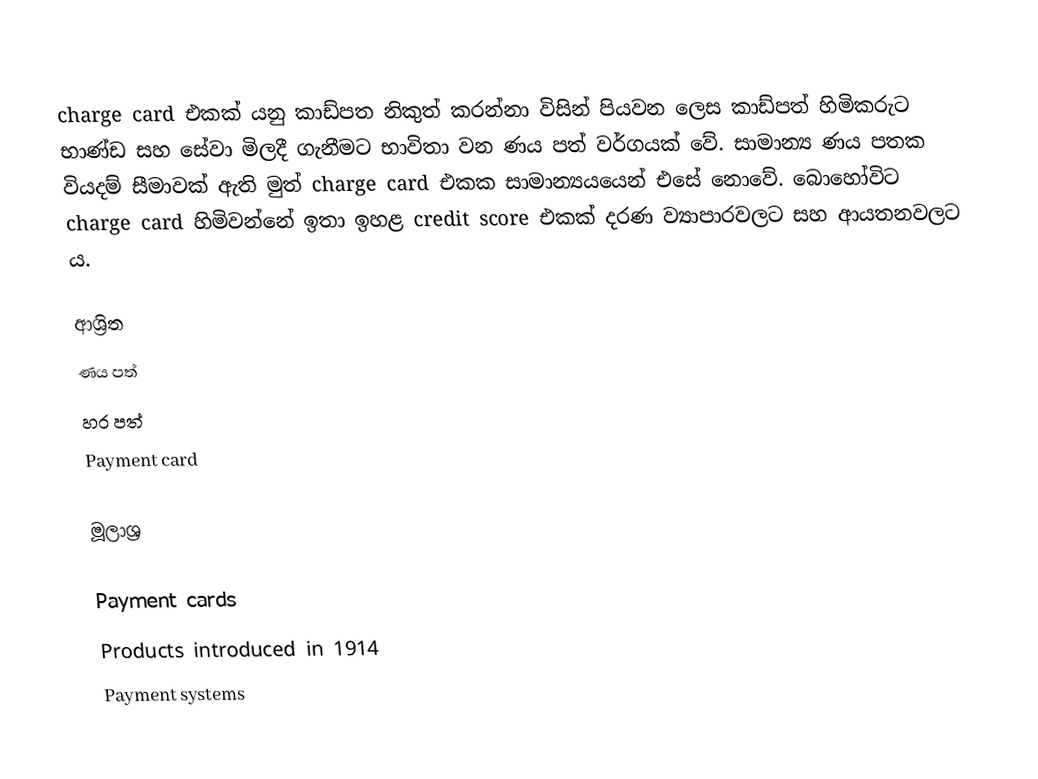
charge card එකක් යනු කාඩ්පත නිකුත් කරන්නා විසින් පියවන ලෙස කාඩ්පත් හිමිකරුට භාණ්ඩ සහ සේවා මිලදී ගැනීමට භාවිතා වන ණය පත් වර්ගයක් වේ. සාමාන්‍ය ණය පතක වියදම් සීමාවක් ඇති මුත් charge card එකක සාමාන්‍යයයෙන් එසේ නොවේ. බොහෝවිට charge card හිමිවන්නේ ඉතා ඉහළ credit score එකක් දරණ ව්‍යාපාරවලට සහ ආයතනවලට ය.

ආශ්‍රිත
ණය පත්
හර පත්
Payment card

මූලාශ්‍ර

Payment cards
Products introduced in 1914
Payment systems